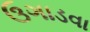
ઉગાડવા